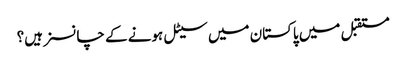
مستقبل میں پاکستان میں سیٹل ہونے کے چانسز ہیں؟